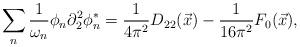
LaTeX: \begin{align*}\sum_{n}\frac{1}{\omega _{n}}\phi _{n}\partial _{2}^{2}\phi _{n}^{*}=\frac{1}{4\pi ^{2}}D_{22}(\vec{x})-\frac{1}{16\pi ^{2}}F_{0}(\vec{x}),\end{align*}